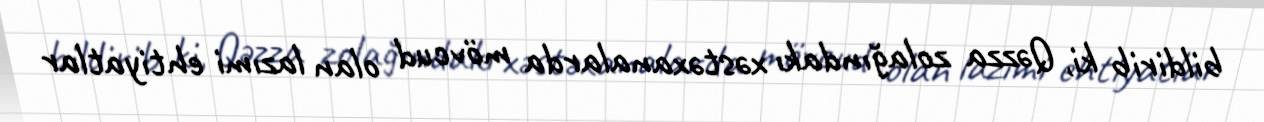
bildirib ki, Qəzza zolağındakı xəstəxanalarda mövcud olan lazımi ehtiyatlar